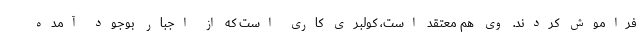
فراموش کردند. وی هم معتقد است، کولبری کاری است که از اجبار بوجود آمده